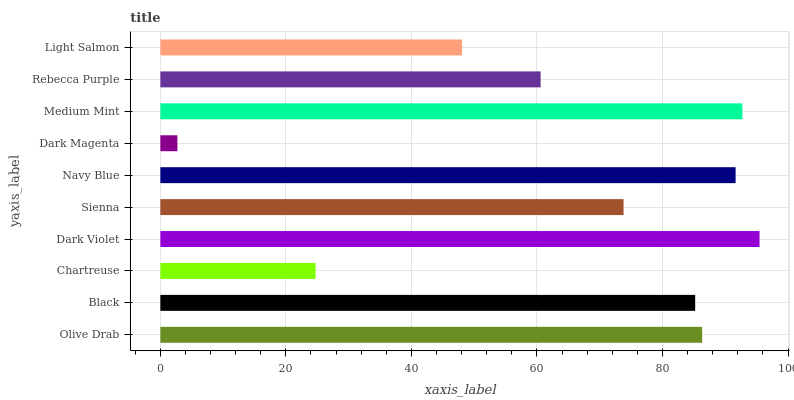
| yaxis_label | bars |
 | --- | --- |
 | Olive Drab | 86.3 |
 | Black | 85.2 |
 | Chartreuse | 24.7 |
 | Dark Violet | 95.5 |
 | Sienna | 73.8 |
 | Navy Blue | 91.7 |
 | Dark Magenta | 2.72 |
 | Medium Mint | 92.7 |
 | Rebecca Purple | 60.6 |
 | Light Salmon | 48.1 |